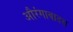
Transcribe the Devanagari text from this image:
औरंगाबादस